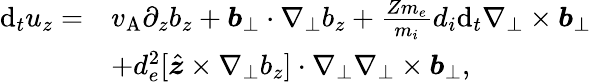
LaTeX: \begin{array}{rl}{\mathrm{d}_{t}u_{z}=}&{v_{\mathrm{A}}\partial_{z}b_{z}+\boldsymbol{b}_{\perp}\cdot\nabla_{\perp}b_{z}+\frac{Zm_{e}}{m_{i}}d_{i}\mathrm{d}_{t}\nabla_{\perp}\times\boldsymbol{b}_{\perp}}\\ &{+d_{e}^{2}[\hat{\boldsymbol{z}}\times\nabla_{\perp}b_{z}]\cdot\nabla_{\perp}\nabla_{\perp}\times\boldsymbol{b}_{\perp},}\end{array}